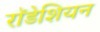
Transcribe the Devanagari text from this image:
राॅडेशियन